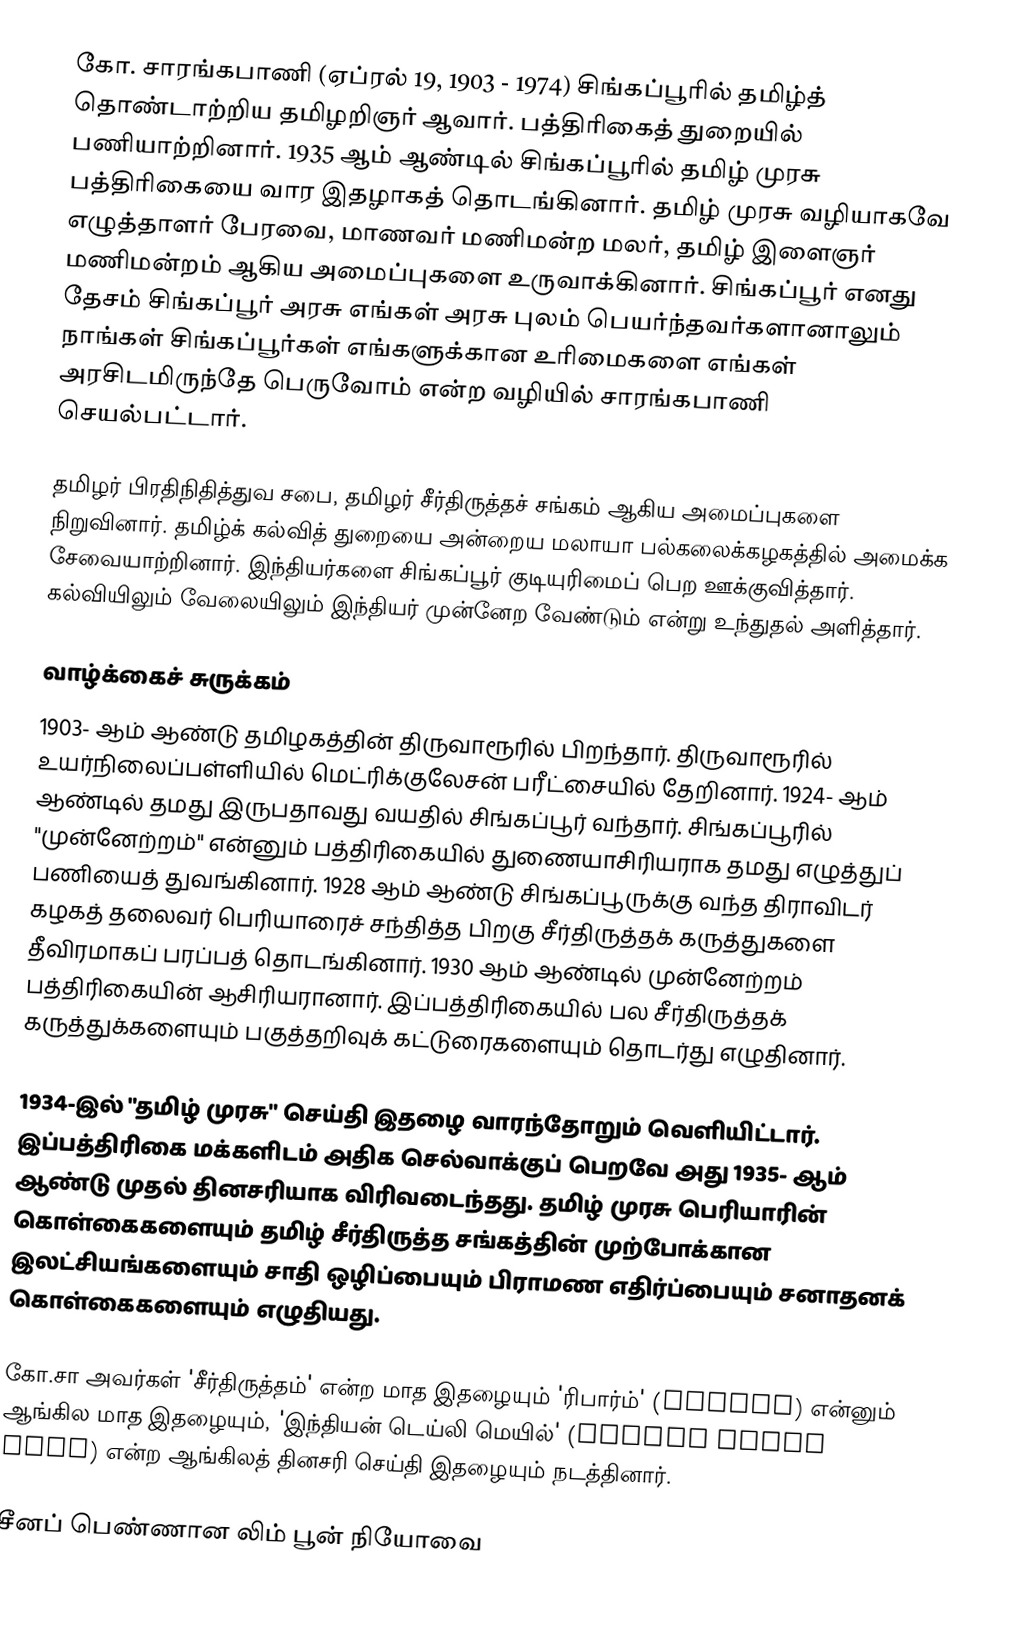
கோ. சாரங்கபாணி (ஏப்ரல் 19, 1903 - 1974) சிங்கப்பூரில் தமிழ்த் தொண்டாற்றிய தமிழறிஞர்  ஆவார். பத்திரிகைத் துறையில் பணியாற்றினார். 1935 ஆம் ஆண்டில் சிங்கப்பூரில் தமிழ் முரசு பத்திரிகையை வார இதழாகத் தொடங்கினார். தமிழ் முரசு வழியாகவே எழுத்தாளர் பேரவை, மாணவர் மணிமன்ற மலர், தமிழ் இளைஞர் மணிமன்றம் ஆகிய அமைப்புகளை உருவாக்கினார். சிங்கப்பூர் எனது தேசம் சிங்கப்பூர் அரசு எங்கள் அரசு புலம் பெயர்ந்தவர்களானாலும் நாங்கள் சிங்கப்பூர்கள் எங்களுக்கான உரிமைகளை எங்கள் அரசிடமிருந்தே பெருவோம் என்ற வழியில் சாரங்கபாணி செயல்பட்டார்.

தமிழர் பிரதிநிதித்துவ சபை, தமிழர் சீர்திருத்தச் சங்கம் ஆகிய அமைப்புகளை நிறுவினார். தமிழ்க் கல்வித் துறையை அன்றைய மலாயா பல்கலைக்கழகத்தில் அமைக்க சேவையாற்றினார். இந்தியர்களை சிங்கப்பூர் குடியுரிமைப் பெற ஊக்குவித்தார். கல்வியிலும் வேலையிலும் இந்தியர்  முன்னேற வேண்டும் என்று உந்துதல் அளித்தார்.

வாழ்க்கைச் சுருக்கம்
1903- ஆம் ஆண்டு தமிழகத்தின் திருவாரூரில் பிறந்தார். திருவாரூரில் உயர்நிலைப்பள்ளியில் மெட்ரிக்குலேசன் பரீட்சையில் தேறினார். 1924- ஆம் ஆண்டில்  தமது இருபதாவது வயதில் சிங்கப்பூர் வந்தார். சிங்கப்பூரில் "முன்னேற்றம்" என்னும் பத்திரிகையில் துணையாசிரியராக தமது எழுத்துப் பணியைத் துவங்கினார். 1928 ஆம் ஆண்டு சிங்கப்பூருக்கு  வந்த திராவிடர் கழகத் தலைவர் பெரியாரைச் சந்தித்த பிறகு சீர்திருத்தக் கருத்துகளை தீவிரமாகப் பரப்பத் தொடங்கினார். 1930 ஆம் ஆண்டில் முன்னேற்றம் பத்திரிகையின் ஆசிரியரானார். இப்பத்திரிகையில் பல சீர்திருத்தக் கருத்துக்களையும் பகுத்தறிவுக் கட்டுரைகளையும் தொடர்து எழுதினார்.

1934-இல் "தமிழ் முரசு" செய்தி இதழை வாரந்தோறும் வெளியிட்டார். இப்பத்திரிகை மக்களிடம் அதிக செல்வாக்குப் பெறவே அது 1935-  ஆம் ஆண்டு முதல் தினசரியாக விரிவடைந்தது. தமிழ் முரசு பெரியாரின் கொள்கைகளையும் தமிழ் சீர்திருத்த சங்கத்தின் முற்போக்கான இலட்சியங்களையும் சாதி ஒழிப்பையும் பிராமண எதிர்ப்பையும் சனாதனக் கொள்கைகளையும் எழுதியது.

கோ.சா அவர்கள் 'சீர்திருத்தம்' என்ற மாத இதழையும் 'ரிபார்ம்' (Reform) என்னும் ஆங்கில மாத இதழையும், 'இந்தியன் டெய்லி மெயில்' (Indian Daily Mail) என்ற ஆங்கிலத் தினசரி செய்தி இதழையும் நடத்தினார்.

சீனப் பெண்ணான லிம் பூன் நியோவை